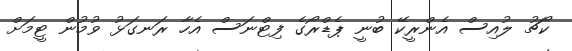
ކޯޗު ލުއިސް އެންރީކޭ ބުނީ ޕެޑްރޯގެ ފިޓްނަސް އެހާ ރަނގަޅު ވުމުން ޓީމަށް